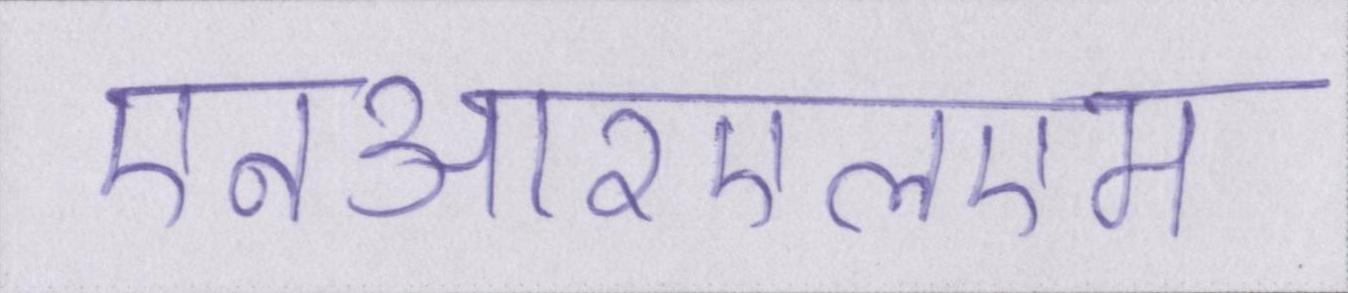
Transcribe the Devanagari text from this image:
एनआरएलएम